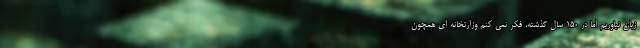
زبان نیاوریم اما در ۱۵۰ سال گذشته، فکر نمی کنم وزارتخانه ای همچون